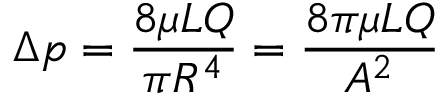
\Delta p = { \frac { 8 \mu L Q } { \pi R ^ { 4 } } } = { \frac { 8 \pi \mu L Q } { A ^ { 2 } } }